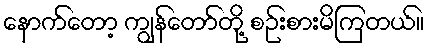
နောက်တော့ ကျွန်တော်တို့ စဉ်းစားမိကြတယ်။